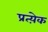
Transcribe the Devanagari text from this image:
प्रत्य़ेक